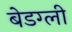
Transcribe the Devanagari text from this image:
बेडग्ली